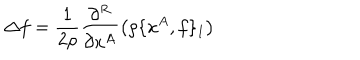
\Delta f = \frac { 1 } { 2 \rho } \frac { \partial ^ { R } } { \partial x ^ { A } } \left( \rho \{ x ^ { A } , f \} _ { 1 } \right)